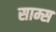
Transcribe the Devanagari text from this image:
साम्स